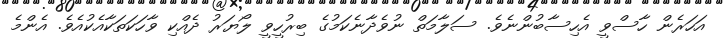
އަހަރެން ހާސްވީ އެހިސާބުންނެވެ. ސަލާމަތް ނުވެދާނެކަމުގެ ބިރުހީވީ ލޯޔަރު ދެއްކި ވާހަކަތަކާއެކުއެވެ. އެންމެ